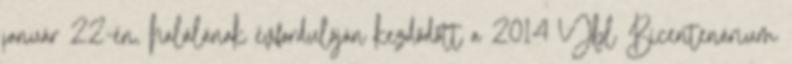
január 22-én, halálának évfordulóján kezdődött a 2014 Ybl Bicentenárium